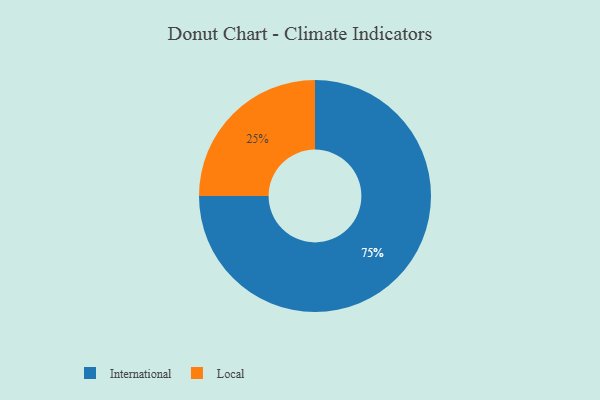
{"axis": {"x": "Category", "y": "Percentage"}, "legend": ["International", "Local"], "data": [{"x": "International", "y": 75, "type": "International"}, {"x": "Local", "y": 25, "type": "Local"}]}